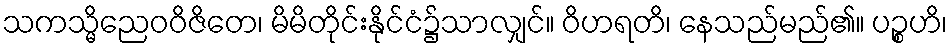
သကသ္မိညေဝဝိဇိတေ၊ မိမိတိုင်းနိုင်ငံ၌သာလျှင်။ ဝိဟရတိ၊ နေသည်မည်၏။ ပဉ္စဟိ၊